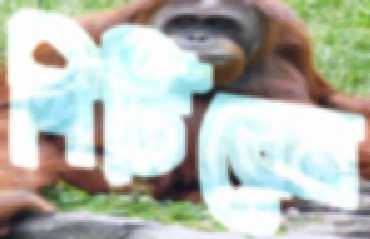
পিটিবেন